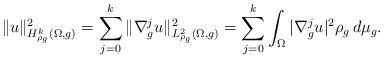
LaTeX: \begin{align*}\| u \|^2_{H^k_{\rho_g}(\Omega, g)} = \sum_{j=0}^k \| \nabla^j _g u \|^2_{L^2_{\rho_g}(\Omega, g)} = \sum_{j=0}^k \int_{\Omega } | \nabla_g^{j} u |^2 \rho_g \, d\mu_g.\end{align*}